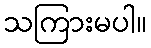
သကြားမပါ။